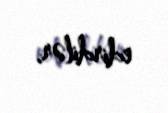
edirdilər.